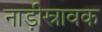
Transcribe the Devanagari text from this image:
नाड़ीस्रावक